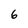
Character: 6